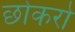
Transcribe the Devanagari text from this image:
छोकरो